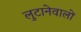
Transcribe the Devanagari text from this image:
लुटानेवालों